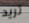
تريد